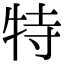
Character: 特